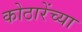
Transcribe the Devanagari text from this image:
कोठारेंच्या